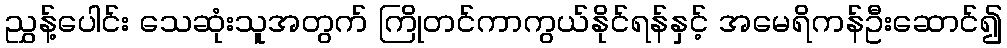
ညွှန့်ပေါင်း သေဆုံးသူအတွက် ကြိုတင်ကာကွယ်နိုင်ရန်နှင့် အမေရိကန်ဦးဆောင်၍